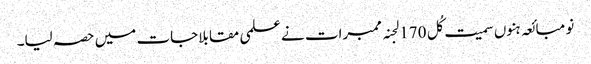
نو مبائعہ ہنوں سمیت کُل 170 لجنہ ممبرات نے علمی مقابلاجات میں حصہ لیا۔